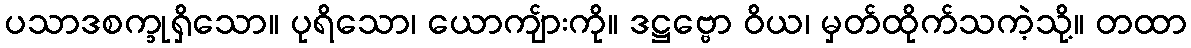
ပသာဒစက္ခုရှိသော။ ပုရိသော၊ ယောကျ်ားကို။ ဒဋ္ဌဗ္ဗော ဝိယ၊ မှတ်ထိုက်သကဲ့သို့။ တထာ